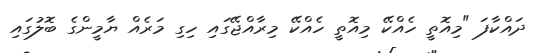
ދައްކާފަ "މިއޮތީ ހެއްކޭ މިއޮތީ ހެއްކޭ މިރާއްޖޭގައި ހިގި މަރެއް ޔާމީންގެ ބޮލުގައި